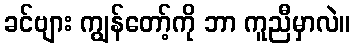
ခင်ဗျား ကျွန်တော့်ကို ဘာ ကူညီမှာလဲ။